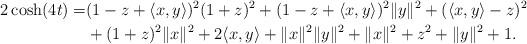
LaTeX: \begin{align*}2\cosh(4t)=&(1-z+\langle x,y\rangle)^{2}(1+z)^{2}+(1-z+\langle x,y\rangle)^{2}\|y\|^{2}+(\langle x,y\rangle-z)^{2}\\&+(1+z)^{2}\|x\|^{2}+2\langle x,y\rangle+\|x\|^{2}\|y\|^{2}+\|x\|^{2}+z^{2}+\|y\|^{2}+1.\end{align*}